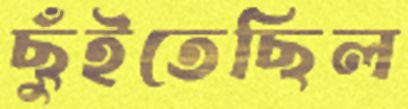
ছুঁইতেছিল